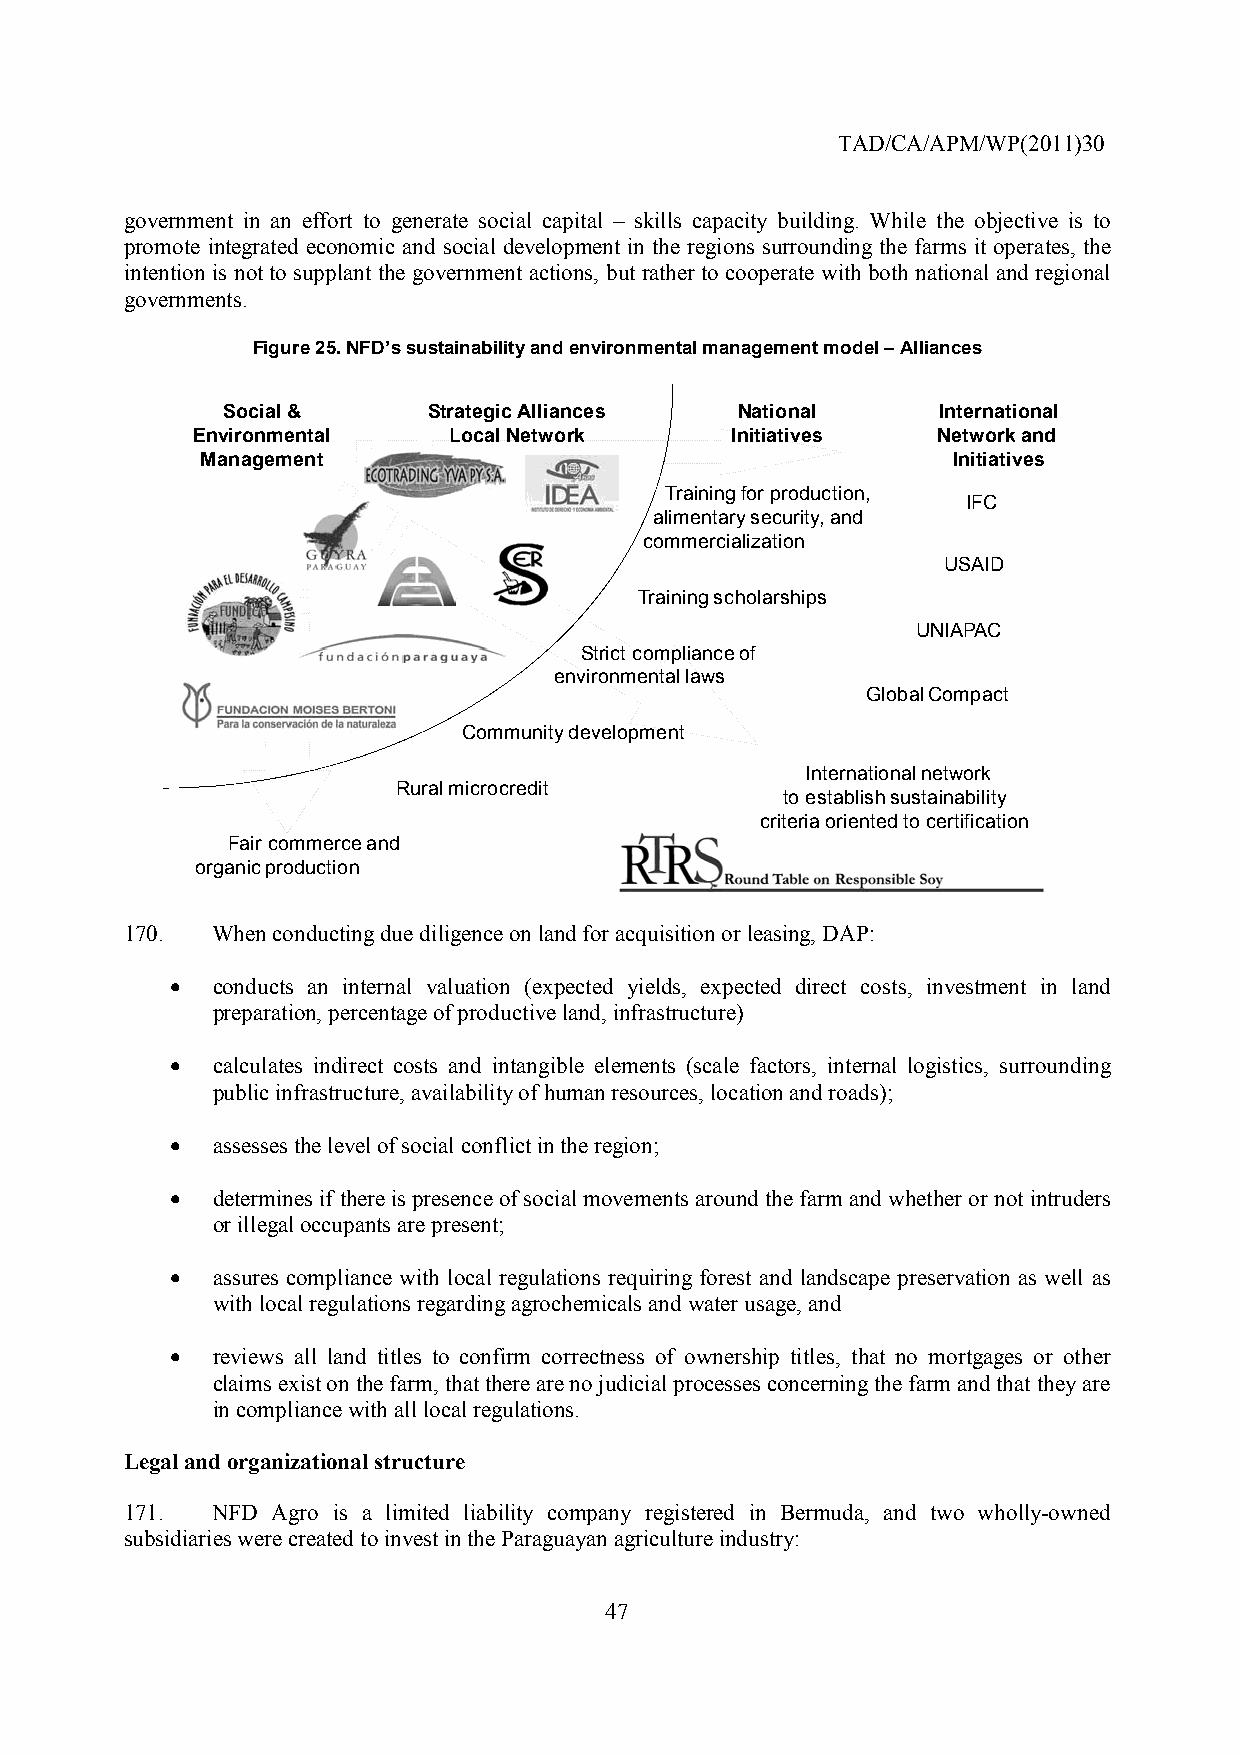
TAD/CA/APM/WP(2011)30
 government in an effort to generate social capital – skills capacity building. While the objective is to
 promote integrated economic and social development in the regions surrounding the farms it operates, the
 intention is not to supplant the government actions, but rather to cooperate with both national and regional
 governments.
 Figure 25. NFD’s sustainability and environmental management model – Alliances
 Social &     Strategic Alliances  National     International
 Environmental    Local Network     Initiatives   Network and
 Management                                        Initiatives
 Training for production,
 IFC
 alimentary security, and
 commercialization
 USAID
 Training scholarships
 UNIAPAC
 Strict compliance of
 environmental laws
 Global Compact
 Community development
 International network
 Rural microcredit
 to establish sustainability
 criteria oriented to certification
 Fair commerce and
 organic production
 170.  When conducting due diligence on land for acquisition or leasing, DAP:
 •  conducts an internal valuation (expected yields, expected direct costs, investment in land
 preparation, percentage of productive land, infrastructure)
 •  calculates indirect costs and intangible elements (scale factors, internal logistics, surrounding
 public infrastructure, availability of human resources, location and roads);
 •  assesses the level of social conflict in the region;
 •  determines if there is presence of social movements around the farm and whether or not intruders
 or illegal occupants are present;
 •  assures compliance with local regulations requiring forest and landscape preservation as well as
 with local regulations regarding agrochemicals and water usage, and
 •  reviews all land titles to confirm correctness of ownership titles, that no mortgages or other
 claims exist on the farm, that there are no judicial processes concerning the farm and that they are
 in compliance with all local regulations.
 Legal and organizational structure
 171.  NFD Agro is a limited liability company registered in Bermuda, and two wholly-owned
 subsidiaries were created to invest in the Paraguayan agriculture industry:
 47